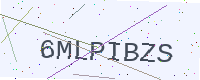
Text: 6MLPIBZS